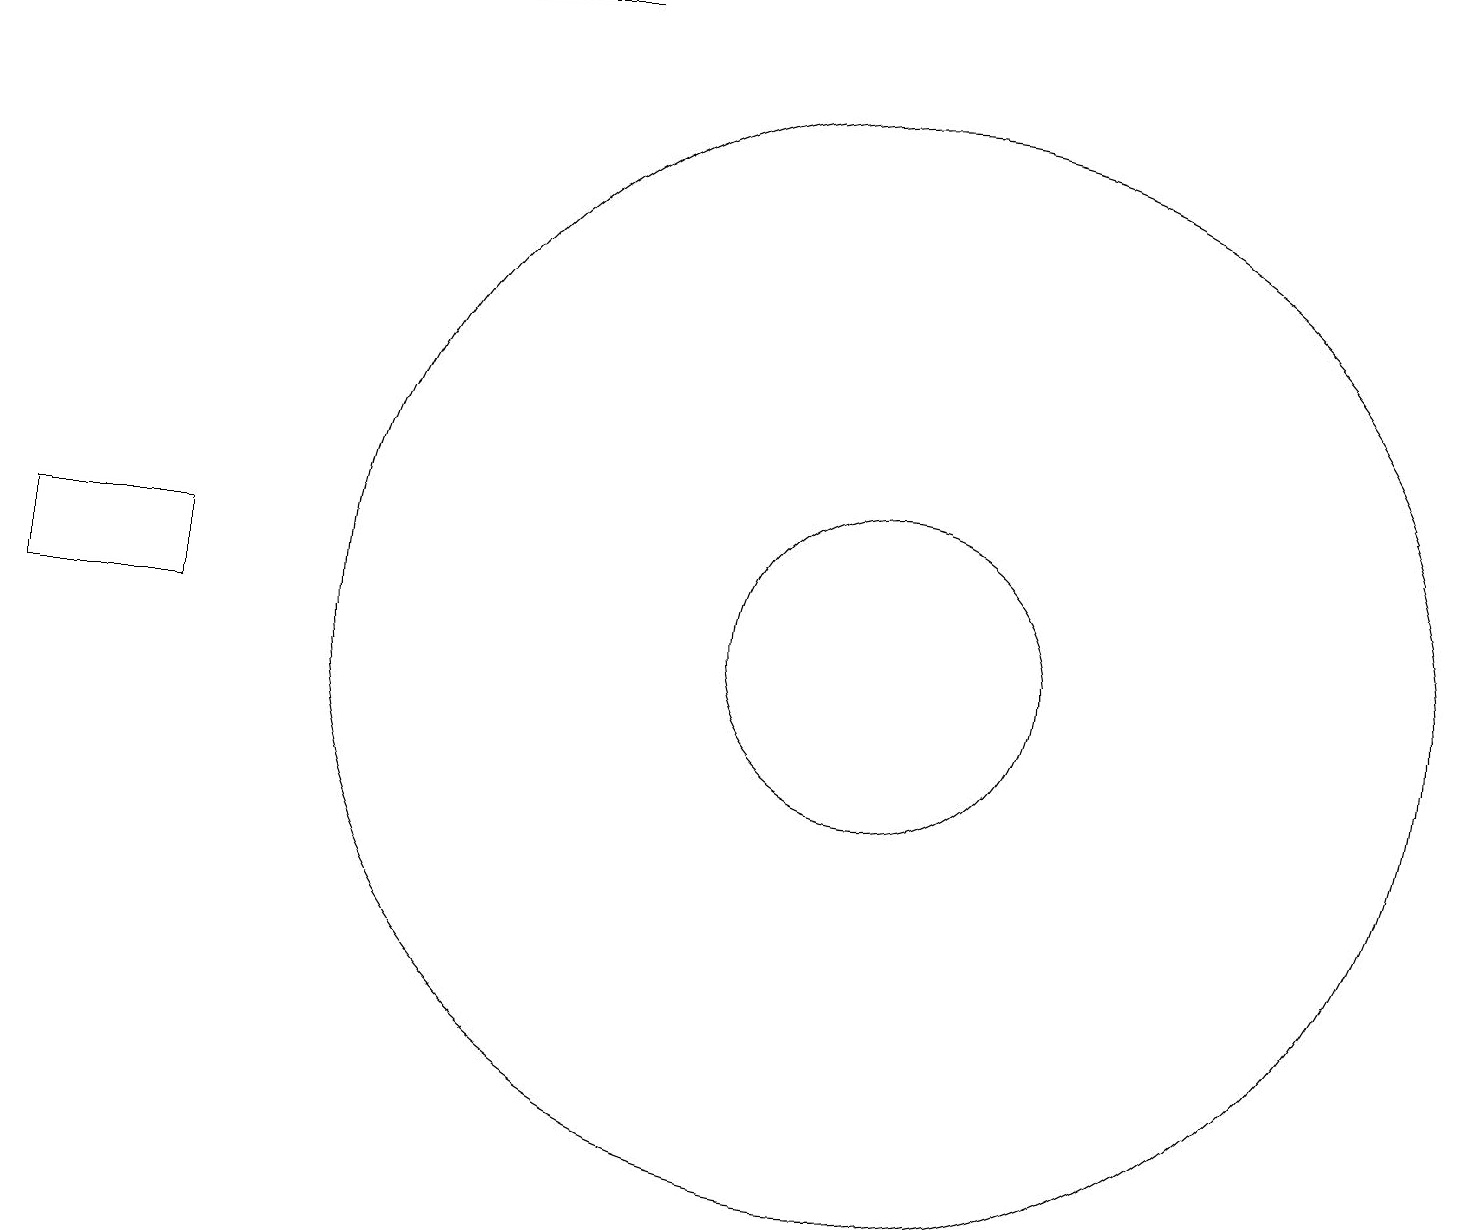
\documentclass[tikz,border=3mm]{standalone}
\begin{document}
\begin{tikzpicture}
\draw[->] (7,18) -- (4,18);
\draw (11,10) circle (2);
\draw (11,10) circle (7);
\draw (2,10) rectangle (0,11);
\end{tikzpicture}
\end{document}